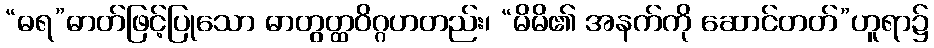
“ဓရ”ဓာတ်ဖြင့်ပြုသော ဓာတွတ္ထဝိဂ္ဂဟတည်း၊ “မိမိ၏ အနက်ကို ဆောင်တတ်”ဟူရာ၌